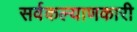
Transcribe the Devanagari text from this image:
सर्वकल्याणकारी